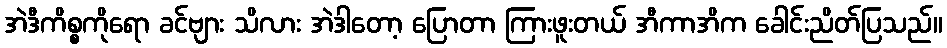
အဲဒီကိစ္စကိုရော ခင်ဗျား သိလား အဲဒါတော့ ပြောတာ ကြားဖူးတယ် အီကာအိက ခေါင်းညိတ်ပြသည်။